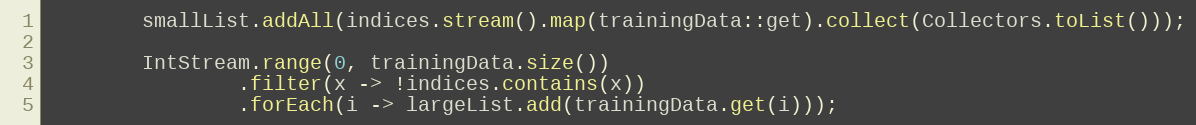
Language: Java
        smallList.addAll(indices.stream().map(trainingData::get).collect(Collectors.toList()));

        IntStream.range(0, trainingData.size())
                .filter(x -> !indices.contains(x))
                .forEach(i -> largeList.add(trainingData.get(i)));